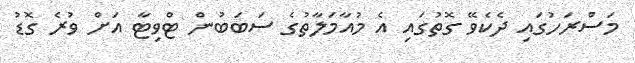
މަސްރަހުގައި ދެކެވޭ ގޮތުގައި އެ މުއާމަލާތުގެ ސަބަބުން ޓްވިޓާ އަށް ވުރެ ގޮޑު